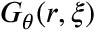
G _ { \theta } ( \boldsymbol { r } , \boldsymbol { \xi } )